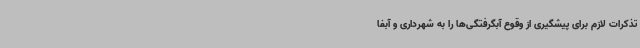
تذکرات لازم برای پیشگیری از وقوع آبگرفتگی‌ها را به شهرداری و آبفا